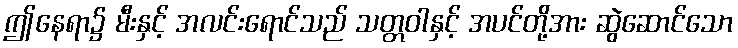
ဤနေရာ၌ မီးနှင့် အလင်းရောင်သည် သတ္တဝါနှင့် အပင်တို့အား ဆွဲဆောင်သော